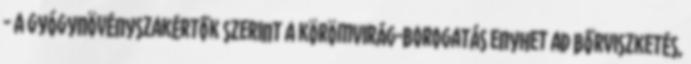
- A gyógynövényszakértők szerint a körömvirág-borogatás enyhet ad bőrviszketés,